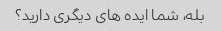
بله، شما ایده های دیگری دارید؟